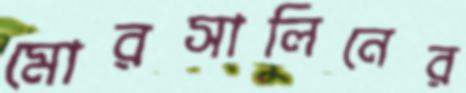
মোরসালিনের